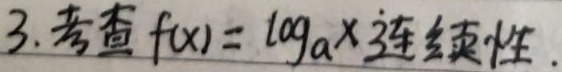
3. 考查 \(f(x)=\log_{a}x\) 连续性.